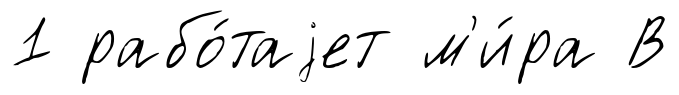
1 рабо́таjет м'и́ра В